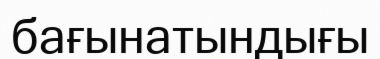
бағынатындығы